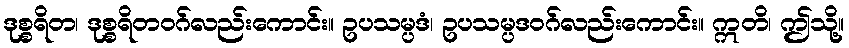
ဒုစ္စရိတ၊ ဒုစ္စရိတဝဂ်လည်းကောင်း။ ဥပသမ္ပဒံ၊ ဥပသမ္ပဒဝဂ်လည်းကောင်း။ ဣတိ၊ ဤသို့။